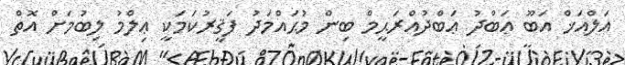
އަލްއަޚް އަބޫ ޢަބްދު ޢަބްދުއްރަޙީމް ބިން މުޙައްމަދު ފަޤީރުކަމަކީ ޢިލްމު ލިބުމަށް އޮތް